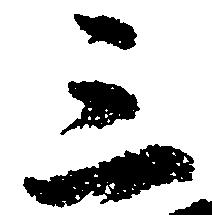
三